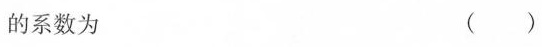
的系数为 ()